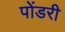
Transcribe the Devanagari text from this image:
पोंडरी